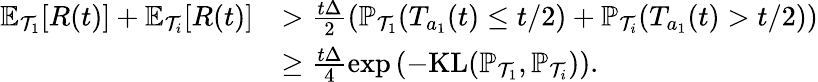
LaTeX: \begin{array}{rl}{\mathbb{E}_{\mathcal{T}_{1}}[R(t)]+\mathbb{E}_{\mathcal{T}_{i}}[R(t)]}&{>\frac{t\Delta}{2}(\mathbb{P}_{\mathcal{T}_{1}}(T_{a_{1}}(t)\le t/2)+\mathbb{P}_{\mathcal{T}_{i}}(T_{a_{1}}(t)>t/2))}\\ &{\ge\frac{t\Delta}{4}\exp\left(-\mathrm{KL}(\mathbb{P}_{\mathcal{T}_{1}},\mathbb{P}_{\mathcal{T}_{i}})\right).}\end{array}